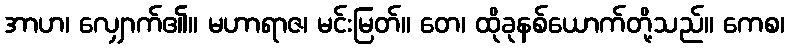
အာဟ၊ လျှောက်၏။ မဟာရာဇ၊ မင်းမြတ်။ တေ၊ ထိုခုနစ်ယောက်တို့သည်။ ကေစ၊